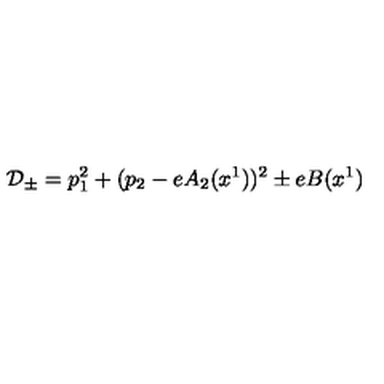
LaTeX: { \cal D } _ { \pm } = p _ { 1 } ^ { 2 } + ( p _ { 2 } - e A _ { 2 } ( x ^ { 1 } ) ) ^ { 2 } \pm e B ( x ^ { 1 } )